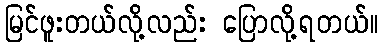
မြင်ဖူးတယ်လို့လည်း ပြောလို့ရတယ်။